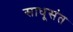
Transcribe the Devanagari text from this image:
साधूसंत